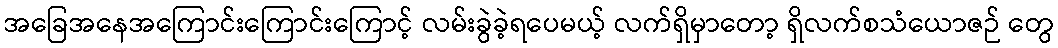
အခြေအနေအကြောင်းကြောင်းကြောင့် လမ်းခွဲခဲ့ရပေမယ့် လက်ရှိမှာတော့ ရှိလက်စသံယောဇဉ် တွေ